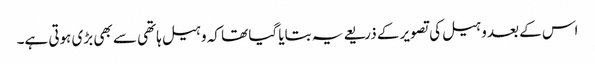
اس کے بعد وہیل کی تصویر کے ذریعے یہ بتایا گیا تھا کہ وہیل ہاتھی سے بھی بڑی ہوتی ہے۔